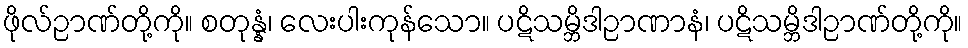
ဖိုလ်ဉာဏ်တို့ကို။ စတုန္နံ၊ လေးပါးကုန်သော။ ပဋိသမ္ဘိဒါဉာဏာနံ၊ ပဋိသမ္ဘိဒါဉာဏ်တို့ကို။